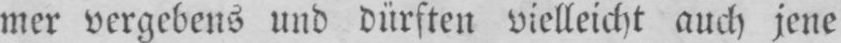
mer vergebens und dürften vielleicht auch jene